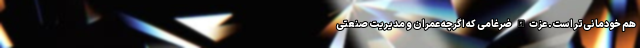
هم خودمانی‌تر است. عزت‌الله ضرغامی که اگرچه عمران و مدیریت صنعتی